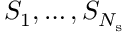
S _ { 1 } , \ldots , S _ { N _ { \mathrm { s } } }